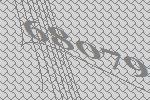
68079